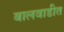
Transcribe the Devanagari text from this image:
बालवाडीत